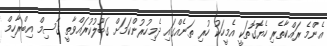
އެންމެ ރައްކާތެރި ހެޔޮގޮތަކީ އެމީހަކު ހުރި ތަނެއްގައި ދެމިހުރުންކަމަށް ގަބޫލުކުރައްވާތީ ގާސިމް އިބްރާހިމް